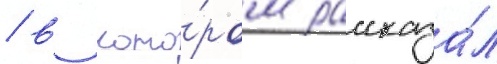
/ в кото́ром рассказа́л